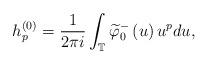
\begin{align*}h_{p}^{\left( 0\right) }=\frac{1}{2\pi i}\int_{\mathbb{T}}\widetilde{\varphi}_{0}^{-}\left( u\right) u^{p}du,\end{align*}